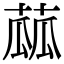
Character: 蓏